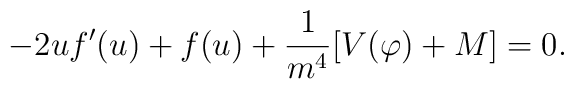
-2uf^{\prime} (u)+f(u)+\frac{1}{m^{4}}[V(\varphi)+M]=0.